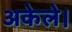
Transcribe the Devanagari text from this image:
अकेले।